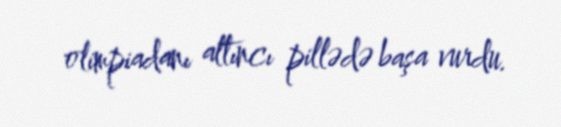
olimpiadanı altıncı pillədə başa vurdu.